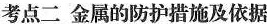
考点二 金属的防护措施及依据